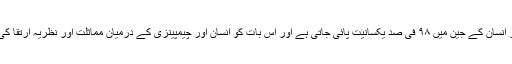
دعویٰ یہ کیا جارہا ہے کہ چیمپینزی او ر انسان کے جین میں ۹۸ فی صد یکسانیت پائی جاتی ہے اور اس بات کو انسان اور چیمپینزی کے درمیان مماثلت اور نظریہ ارتقا کی تصدیق کے طور پر پیش کیا جارہا ہے۔